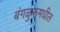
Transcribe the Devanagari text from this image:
बंगळुरूमधील